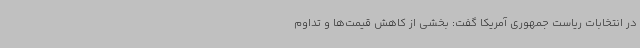
در انتخابات ریاست جمهوری آمریکا گفت: بخشی از کاهش قیمت‌ها و تداوم